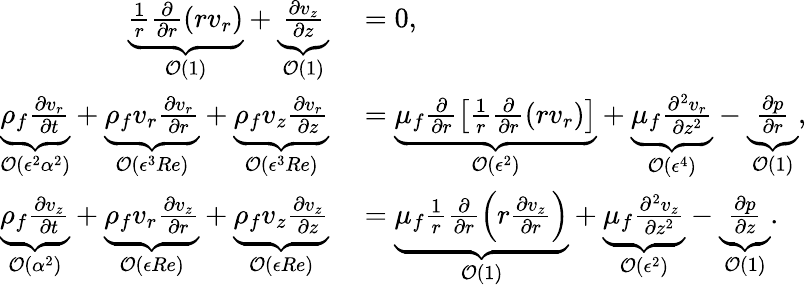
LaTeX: \begin{array}{rl}{\underbrace{\frac{1}{r}\frac{\partial}{\partial r}(rv_{r})}_{\mathcal{O}(1)}+\underbrace{\frac{\partial v_{z}}{\partial z}}_{\mathcal{O}(1)}}&{{}=0,}\\ {\underbrace{\rho_{f}\frac{\partial v_{r}}{\partial t}}_{\mathcal{O}(\epsilon^{2}{\alpha}^{2})}+\underbrace{\rho_{f}v_{r}\frac{\partial v_{r}}{\partial r}}_{\mathcal{O}(\epsilon^{3}Re)}+\underbrace{\rho_{f}v_{z}\frac{\partial v_{r}}{\partial z}}_{\mathcal{O}(\epsilon^{3}Re)}}&{{}=\underbrace{\mu_{f}\frac{\partial}{\partial r}\left[\frac{1}{r}\frac{\partial}{\partial r}(rv_{r})\right]}_{\mathcal{O}(\epsilon^{2})}+\underbrace{\mu_{f}\frac{\partial^{2}v_{r}}{\partial z^{2}}}_{\mathcal{O}(\epsilon^{4})}-\underbrace{\frac{\partial p}{\partial r}}_{\mathcal{O}(1)},}\\ {\underbrace{\rho_{f}\frac{\partial v_{z}}{\partial t}}_{\mathcal{O}({\alpha}^{2})}+\underbrace{\rho_{f}v_{r}\frac{\partial v_{z}}{\partial r}}_{\mathcal{O}(\epsilon Re)}+\underbrace{\rho_{f}v_{z}\frac{\partial v_{z}}{\partial z}}_{\mathcal{O}(\epsilon Re)}}&{{}=\underbrace{\mu_{f}\frac{1}{r}\frac{\partial}{\partial r}\left(r\frac{\partial v_{z}}{\partial r}\right)}_{\mathcal{O}(1)}+\underbrace{\mu_{f}\frac{\partial^{2}v_{z}}{\partial z^{2}}}_{\mathcal{O}(\epsilon^{2})}-\underbrace{\frac{\partial p}{\partial z}}_{\mathcal{O}(1)}.}\end{array}